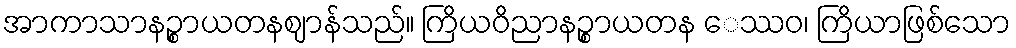
အာကာသာနဉ္စာယတနဈာန်သည်။ ကြိယဝိညာနဉ္စာယတန ေဿဝ၊ ကြိယာဖြစ်သော